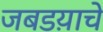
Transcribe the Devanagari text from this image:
जबडय़ाचे